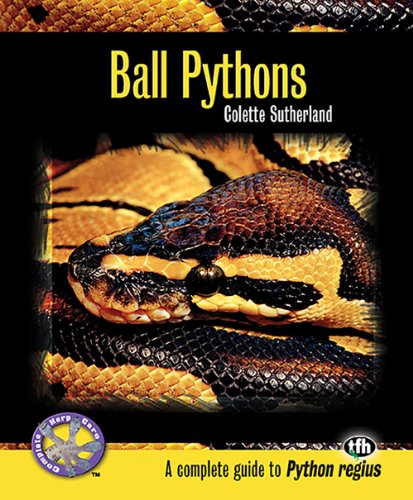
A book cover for Ball Pythons (Complete Herp Care); Colette Sutherland; Crafts, Hobbies & Home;